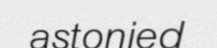
astonied